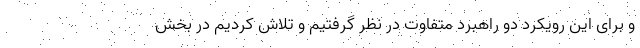
و برای این رویکرد دو راهبرد متفاوت در نظر گرفتیم و تلاش کردیم در بخش